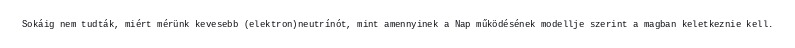
Sokáig nem tudták, miért mérünk kevesebb (elektron)neutrínót, mint amennyinek a Nap működésének modellje szerint a magban keletkeznie kell.